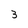
Character: 3